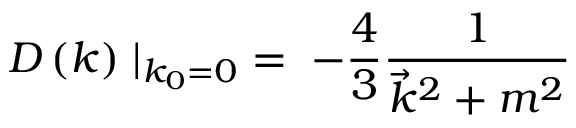
D \left( k \right) \mid _ { k _ { 0 } = 0 } \; = \; - { \frac { 4 } { 3 } } { \frac { 1 } { { \vec { k } } ^ { 2 } + m ^ { 2 } } }